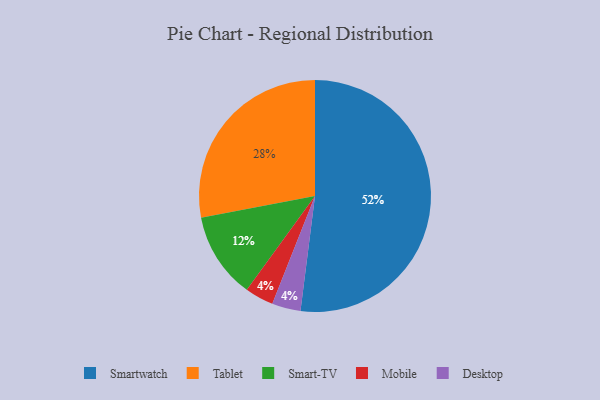
{"axis": {"x": "Category", "y": "Percentage"}, "legend": ["Desktop", "Mobile", "Smart-TV", "Smartwatch", "Tablet"], "data": [{"x": "Smart-TV", "y": 12, "type": "Smart-TV"}, {"x": "Mobile", "y": 4, "type": "Mobile"}, {"x": "Smartwatch", "y": 52, "type": "Smartwatch"}, {"x": "Desktop", "y": 4, "type": "Desktop"}, {"x": "Tablet", "y": 28, "type": "Tablet"}]}